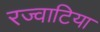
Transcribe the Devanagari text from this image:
रज्वाटिया